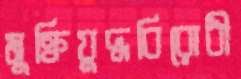
মুক্তিযুদ্ধবিরোধী